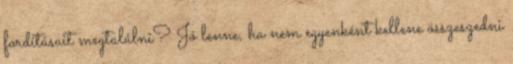
fordításait megtalálni? Jó lenne, ha nem egyenként kellene összeszedni